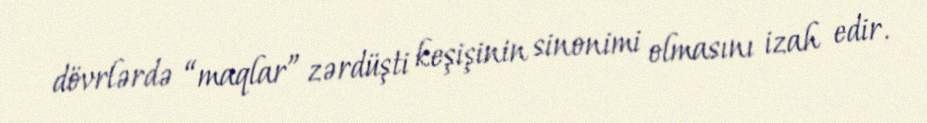
dövrlərdə “maqlar” zərdüşti keşişinin sinonimi olmasını izah edir.